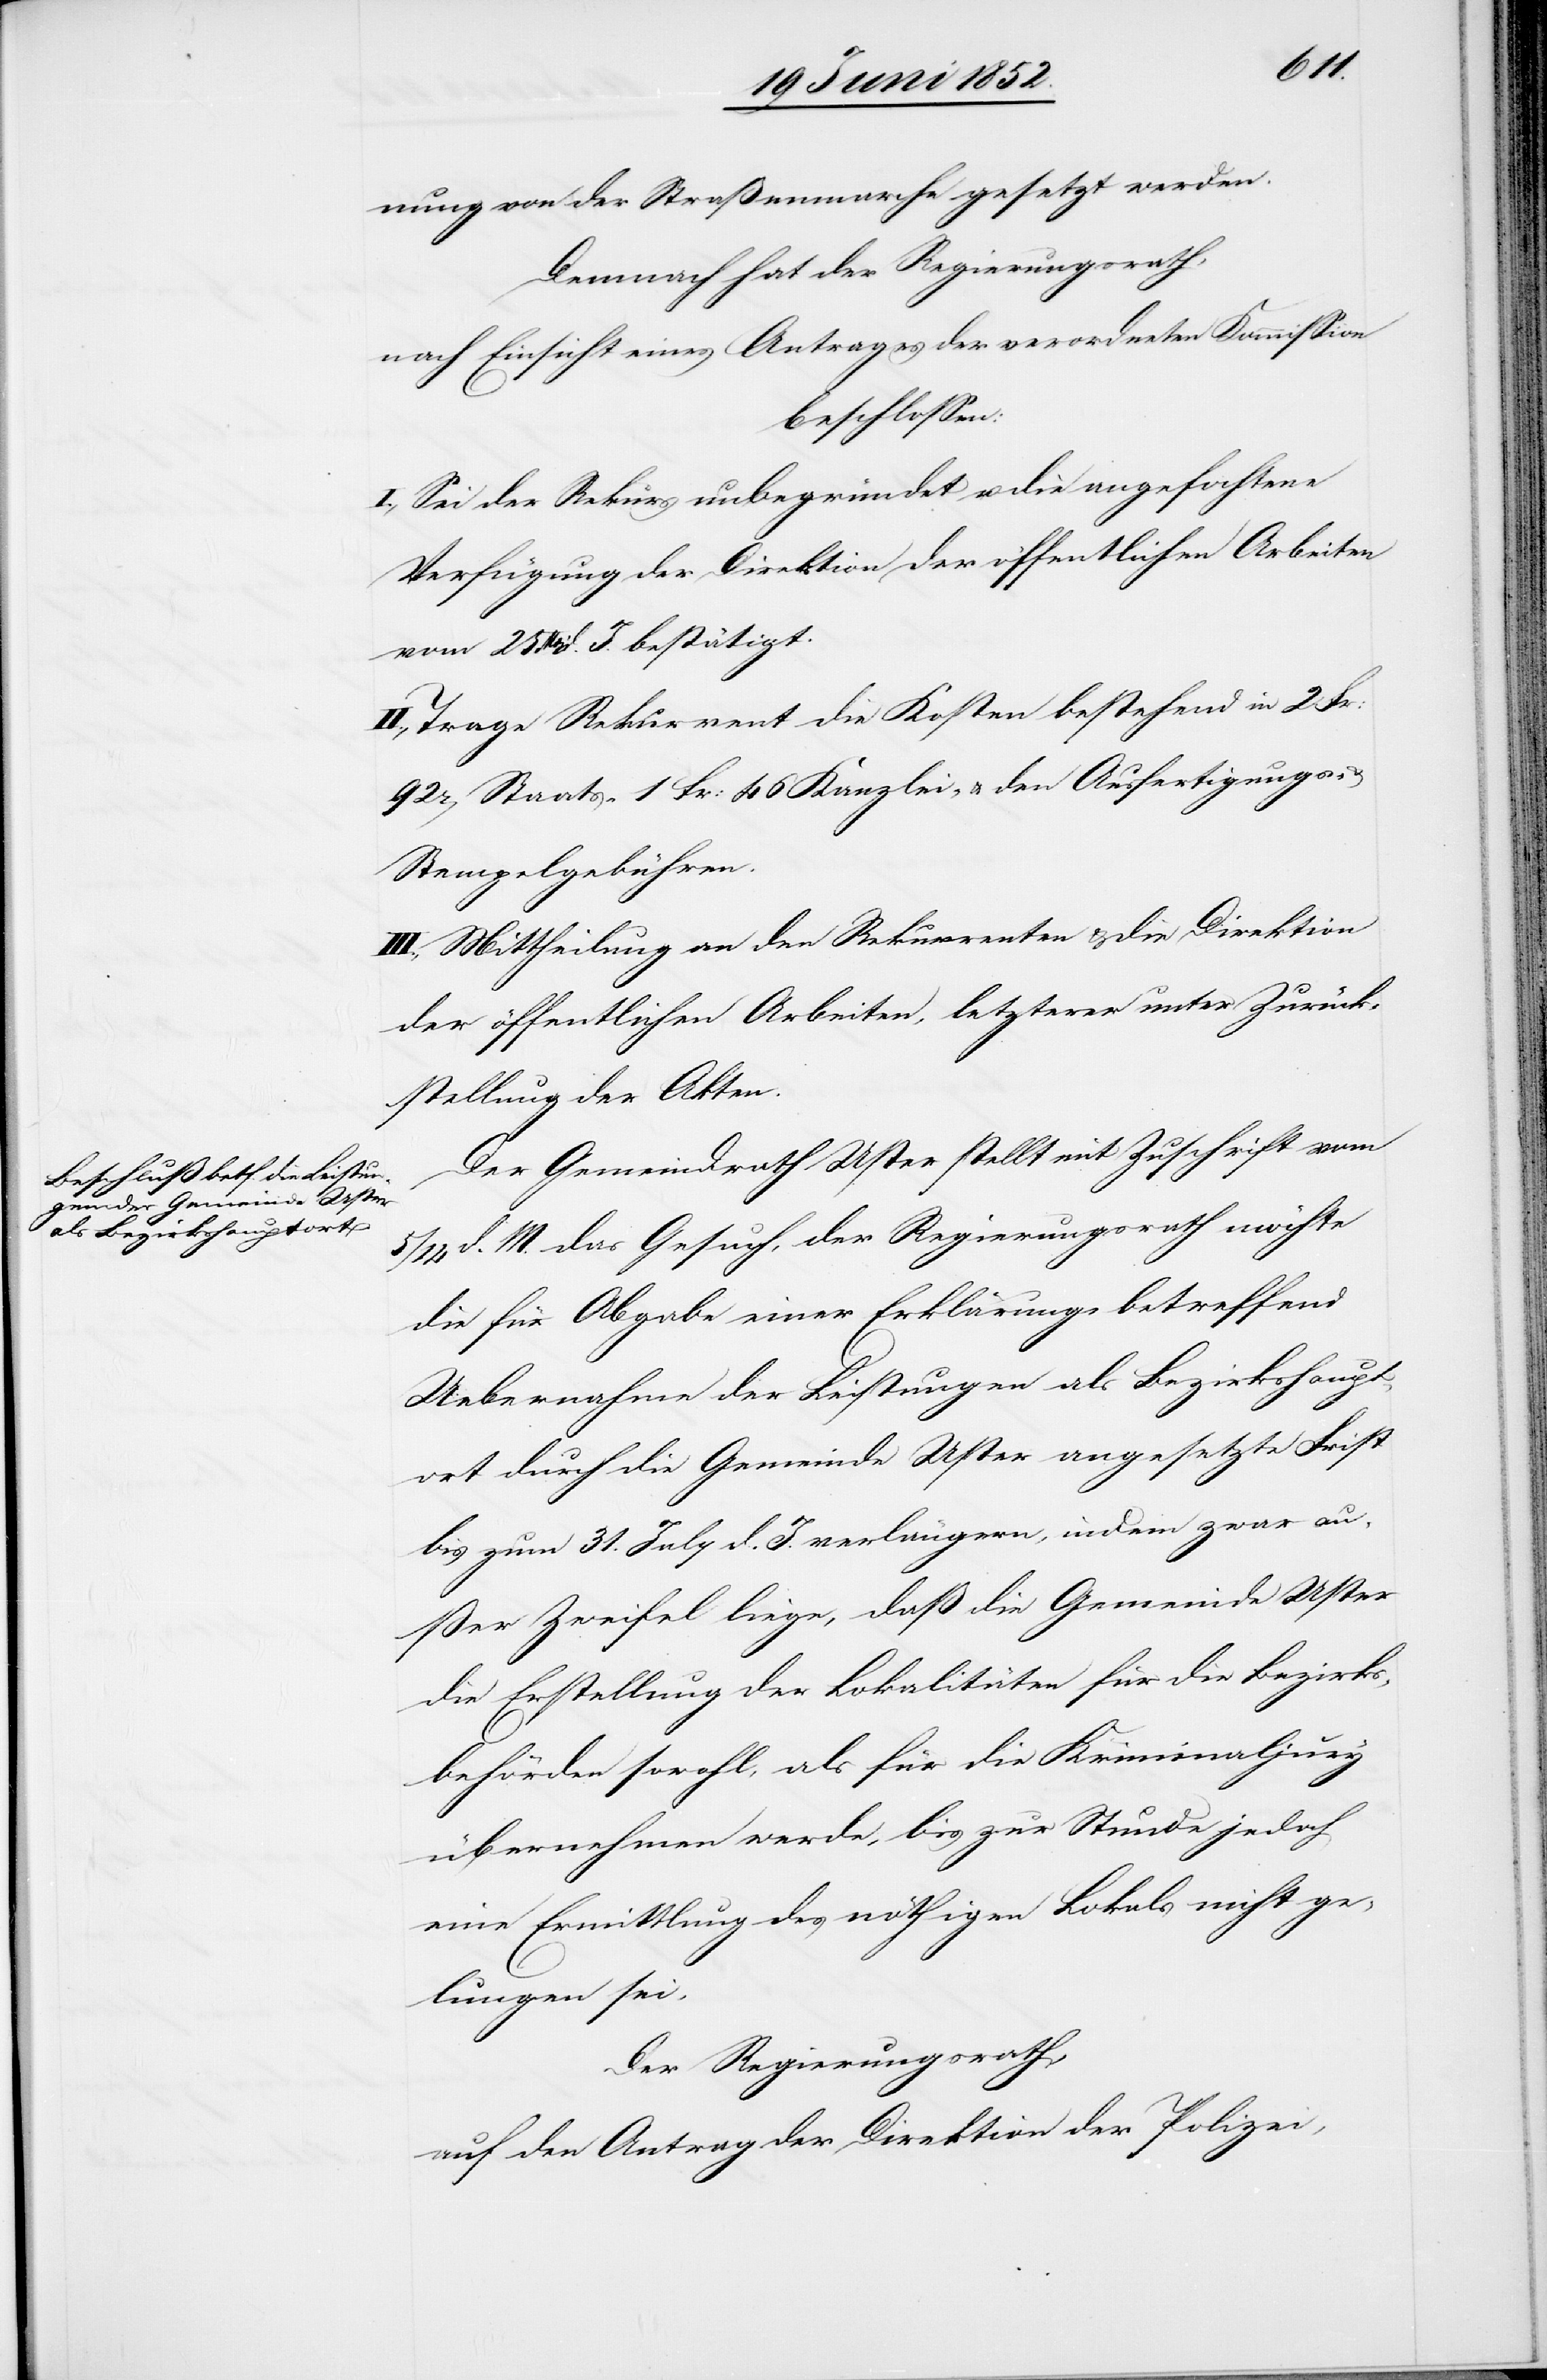
nung von der Straßenmarche gesetzt werden.
Demnach hat der Regierungsrath,
nach Einsicht eines Antrages der verordneten Kommission
beschlossen:
I., Sei der Rekurs unbegründet u. die angefochtene
Verfügung der Direktion der öffentlichen Arbeiten
vom 25 Mai d. J. bestätigt.
II., Trage Rekurrent die Kosten bestehend in 2 Fr:
r[en] Staats-[,] 1 Fr: 46 Kanzlei- & den Ausfertigungs-
Stempelgebühren.
III., Mittheilung an den Rekurrenten & die Direktion
der öffentlichen Arbeiten, letzterer unter Zurück¬
stellung der Akten.
Der Gemeindrath Uster stellt mit Zuschrift vom
14 d. M. das Gesuch, der Regierungsrath möchte
die für Abgabe einer Erklärung betreffend
Uebernahme der Leistungen als Bezirkshaupt¬
ort durch die Gemeinde Uster angesetzte Frist
bis zum 31. July d. J. verlängern, indem zwar au¬
ßer Zweifel liege, daß die Gemeinde Uster
die Erstellung der Lokalitäten für die Bezirks¬
behörden sowohl, als für die Kriminaljury
übernehmen werde, bis zur Stunde jedoch
eine Ermittlung des nöthigen Lokals nicht ge¬
lungen sei.
Der Regierungsrath,
auf den Antrag der Direktion der Polizei,